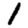
Digit: 1